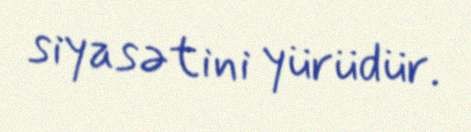
siyasətini yürüdür.